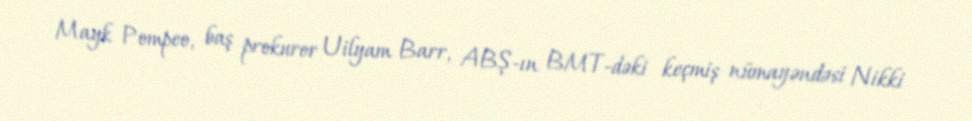
Mayk Pompeo, baş prokuror Uilyam Barr, ABŞ-ın BMT-dəki keçmiş nümayəndəsi Nikki